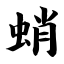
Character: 蛸